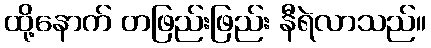
ထို့နောက် တဖြည်းဖြည်း နီရဲလာသည်။